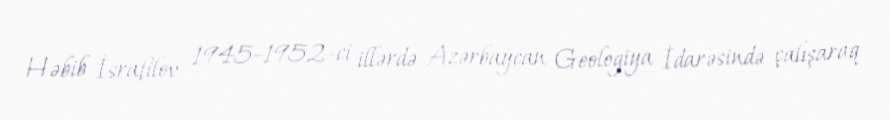
Həbib İsrafilov 1945–1952-ci illərdə Azərbaycan Geologiya İdarəsində çalışaraq